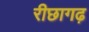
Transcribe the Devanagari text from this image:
रीछागढ़